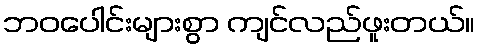
ဘဝပေါင်းများစွာ ကျင်လည်ဖူးတယ်။